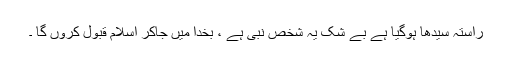
راستہ سیدھا ہوگیا ہے بے شک یہ شخص نبی ہے ، بخدا میں جاکر اسلام قبول کروں گا ۔